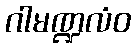
ဂါမဏ္ဍလံဝ